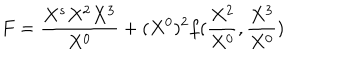
LaTeX: F = { \frac { X ^ { s } X ^ { 2 } X ^ { 3 } } { X ^ { 0 } } } + ( X ^ { 0 } ) ^ { 2 } f ( { \frac { X ^ { 2 } } { X ^ { 0 } } } , { \frac { X ^ { 3 } } { X ^ { 0 } } } )